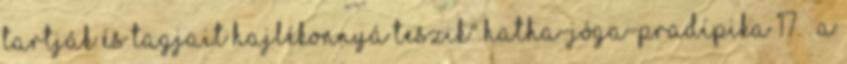
tartják és tagjait hajlékonnyá teszik" Hatha-jóga-pradípika 17. . A